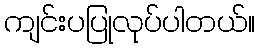
ကျင်းပပြုလုပ်ပါတယ်။